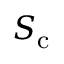
S _ { \mathrm { c } }